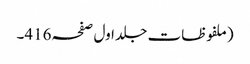
(ملفوظات جلد اول صفحہ416۔